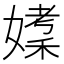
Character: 𪦘